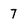
Character: 7